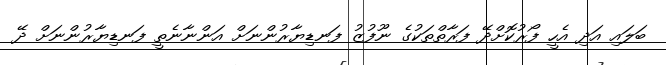
ބަލައި އަދި އެހީ ފޯރުކޮށްދޭ ފަރާތްތަކުގެ ނޫފުޒު ފަނޑިޔާރުންނަށް އަންނާނެތީ ފަނޑިޔާރުންނަށް ދޭ